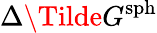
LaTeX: \Delta\Tilde{G}^{\mathrm{sph}}